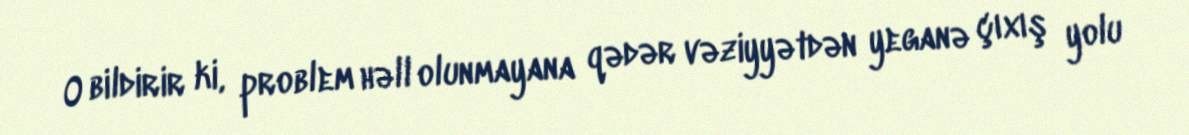
O bildirir ki, problem həll olunmayana qədər vəziyyətdən yeganə çıxış yolu